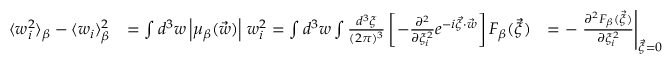
\begin{array} { r l r } { \langle w _ { i } ^ { 2 } \rangle _ { \beta } - \langle w _ { i } \rangle _ { \beta } ^ { 2 } } & { = \int d ^ { 3 } w \left| \mu _ { \beta } ( \vec { w } ) \right| \, w _ { i } ^ { 2 } = \int d ^ { 3 } w \int \frac { d ^ { 3 } \xi } { ( 2 \pi ) ^ { 3 } } \left[ - \frac { \partial ^ { 2 } } { \partial \xi _ { i } ^ { 2 } } e ^ { - i \vec { \xi } \cdot \vec { w } } \right] F _ { \beta } ( \vec { \xi } ) } & { = - \left. \frac { \partial ^ { 2 } F _ { \beta } ( \vec { \xi } ) } { \partial \xi _ { i } ^ { 2 } } \right| _ { \vec { \xi } = 0 } } \end{array}